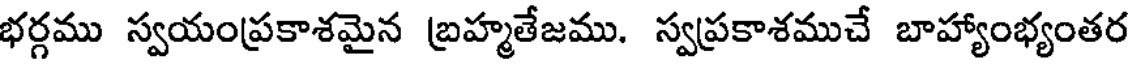
భర్గము స్వయంప్రకాశమైన బ్రహ్మతేజము. స్వప్రకాశముచే బాహ్యాంభ్యంతర